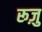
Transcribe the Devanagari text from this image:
रूज़ु